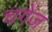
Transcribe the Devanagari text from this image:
चगेंज